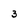
Character: 3